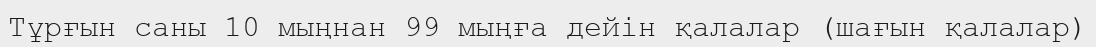
Тұрғын саны 10 мыңнан 99 мыңға дейін қалалар (шағын қалалар)